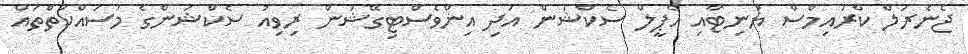
ޖެނެރަލް ކްރައިމްސް ޔުނިޓާއި އެޕީލް ސެކްޝަން އަދި އިންވެސްޓިގޭޝަން ރިވިއު ސެކްޝަންގެ މަސައްކަތްތައް